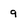
Character: 9